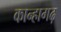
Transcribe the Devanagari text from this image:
कान्हागढ़